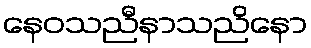
နေဝသညီနာသညိနော